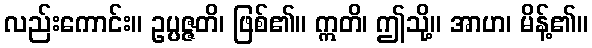
လည်းကောင်း။ ဥပ္ပဇ္ဇတိ၊ ဖြစ်၏။ ဣတိ၊ ဤသို့။ အာဟ၊ မိန့်၏။